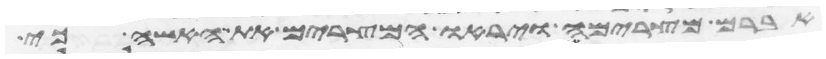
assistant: אברם מצרימה ויראו המצרים את האשה כי